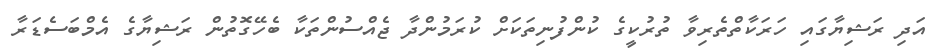
އަދި ރަޝިޔާގައި ހަރަކާތްތެރިވާ ތުރުކީގެ ކުންފުނިތަކަށް ކުރަމުންދާ ޖެއްސުންތަކާ ބެހޭގޮތުން ރަޝިޔާގެ އެމްބަސެޑަރާ